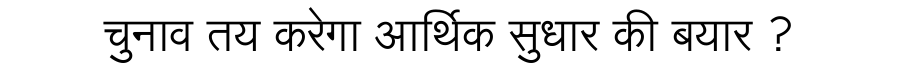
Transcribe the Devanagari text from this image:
चुनाव तय करेगा आर्थिक सुधार की बयार ?